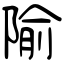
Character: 隃